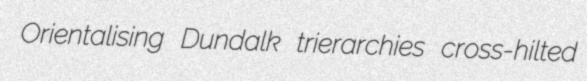
Orientalising Dundalk trierarchies cross-hilted